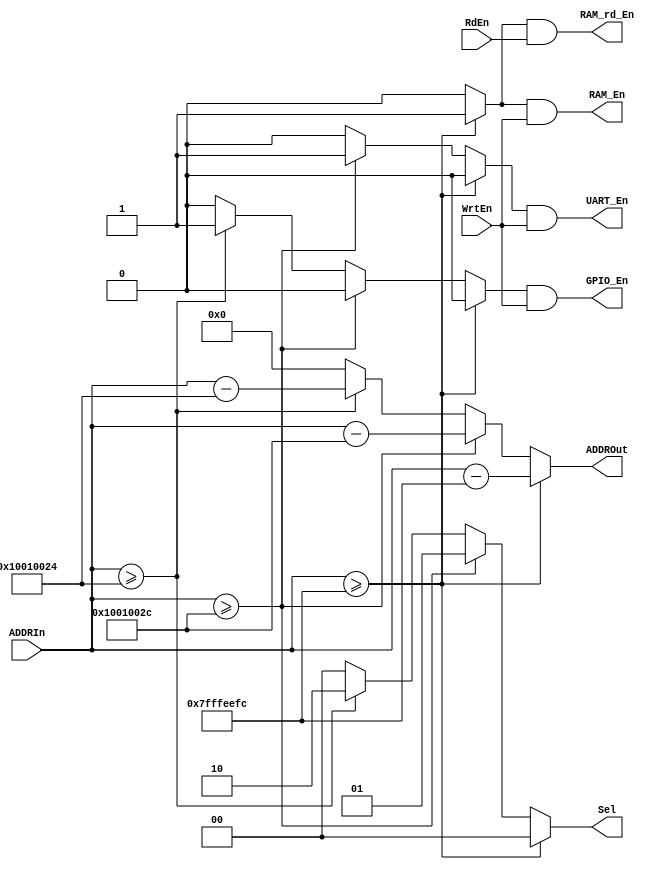
module Memory_Controller
#(parameter DATA_WIDTH = 32, parameter ADDR_WIDTH = 32)(
	input WrtEn, RdEn,
	input [(ADDR_WIDTH-1):0] ADDRIn,
	output RAM_En,
	output RAM_rd_En,
	output GPIO_En,
	output UART_En,
	output reg[1:0] Sel,
	output reg [(ADDR_WIDTH-1):0] ADDROut
);

reg RAMen, GPIOen, ROMen, UARTen;
assign RAM_En = RAMen & WrtEn;
assign RAM_rd_En = RAMen & RdEn ;
assign GPIO_En = GPIOen & WrtEn;
assign UART_En = UARTen & WrtEn;
//assign ROM_En = ROMen & WrtEn;

always @ *
begin
	if(ADDRIn >= 32'h7FFF_EEFC) begin
		RAMen = 1'b1;
		GPIOen = 1'b0;
		UARTen = 1'b0;
		ADDROut = ADDRIn - 32'h7FFF_EEFC;
		Sel = 2'd0;
	end
	else if(ADDRIn >= 32'h1001002C) begin
		RAMen = 1'b0;
		GPIOen = 1'b0;
		UARTen = 1'b1;
		ADDROut = ADDRIn - 32'h1001002C;
		Sel = 2'd1;
	end
	else if(ADDRIn >= 32'h10010024) begin
		RAMen = 0;
		GPIOen = 1;
		UARTen = 1'b0;
		ADDROut = ADDRIn - 32'h10010024;
		Sel = 2'd2;
	end
/*	else if(ADDRIn >= 32'h00400000) begin
		RAMen = 0;
		GPIOen = 0;
		UARTen = 1'b0;
		ADDROut = ADDRIn - 32'h00400000;
		Sel = 2'd3;
	end*/
	else begin
		RAMen = 0;
		GPIOen = 0;
		UARTen = 1'b0;
		ADDROut = 32'h0;
		Sel = 2'd0;
	end
end
endmodule